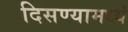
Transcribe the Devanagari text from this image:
दिसण्यामध्ये